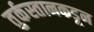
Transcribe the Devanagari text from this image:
तुर्कस्तानकडून